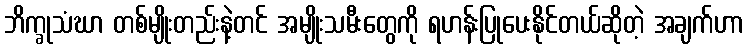
ဘိက္ခုသံဃာ တစ်မျိုးတည်းနဲ့တင် အမျိုးသမီးတွေကို ရဟန်းပြုပေးနိုင်တယ်ဆိုတဲ့ အချက်ဟာ